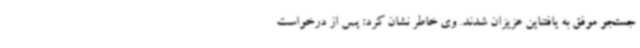
جستجو موفق به یافتناین عزیزان شدند. وی خاطر نشان کرد: پس از درخواست